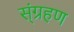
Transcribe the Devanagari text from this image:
स्ंग्रहण